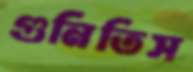
গুনিতিস